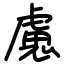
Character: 慮